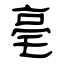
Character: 亳